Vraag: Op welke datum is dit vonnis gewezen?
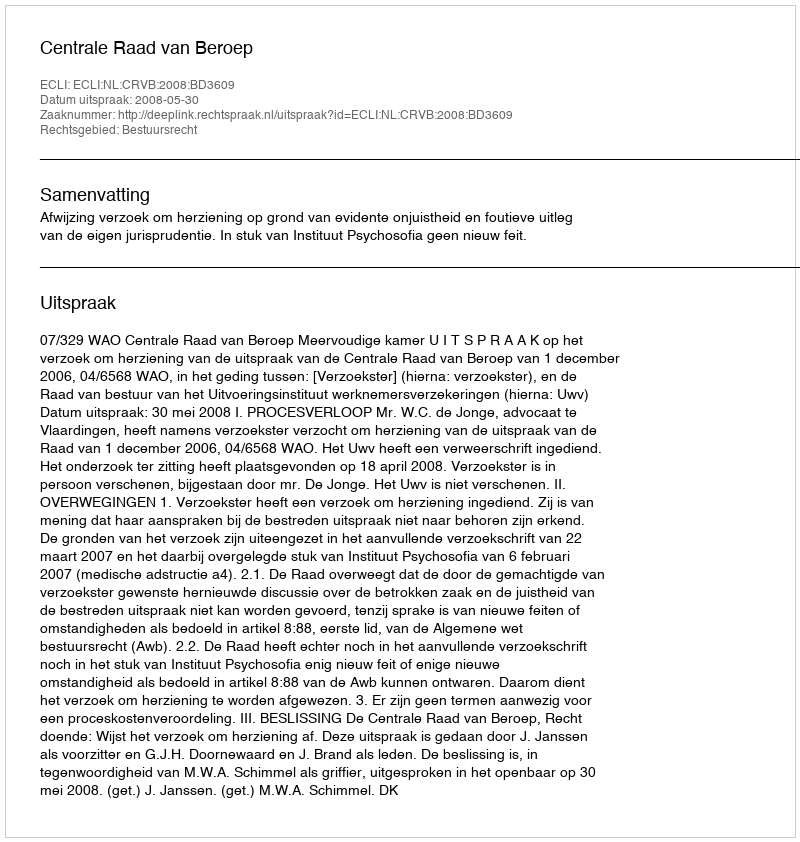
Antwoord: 2008-05-30